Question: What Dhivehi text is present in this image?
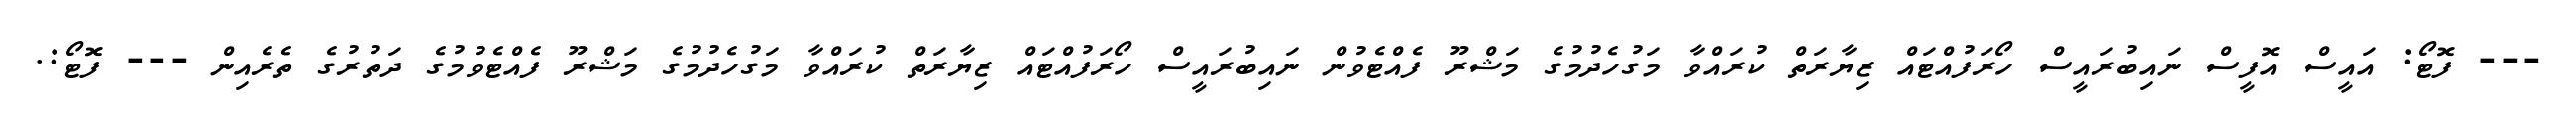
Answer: --- ފޮޓޯ: އައީސް އޮފީސް ނައިބުރައީސް ހޯރަފުއްޓައް ޒިޔާރަތް ކުރައްވާ މަގުހެދުމުގެ މަޝްރޫ ފެއްޓެވުން ނައިބުރައީސް ހޯރަފުއްޓައް ޒިޔާރަތް ކުރައްވާ މަގުހެދުމުގެ މަޝްރޫ ފެއްޓެވުމުގެ ދަތުރުގެ ތެރެއިން --- ފޮޓޯ:.